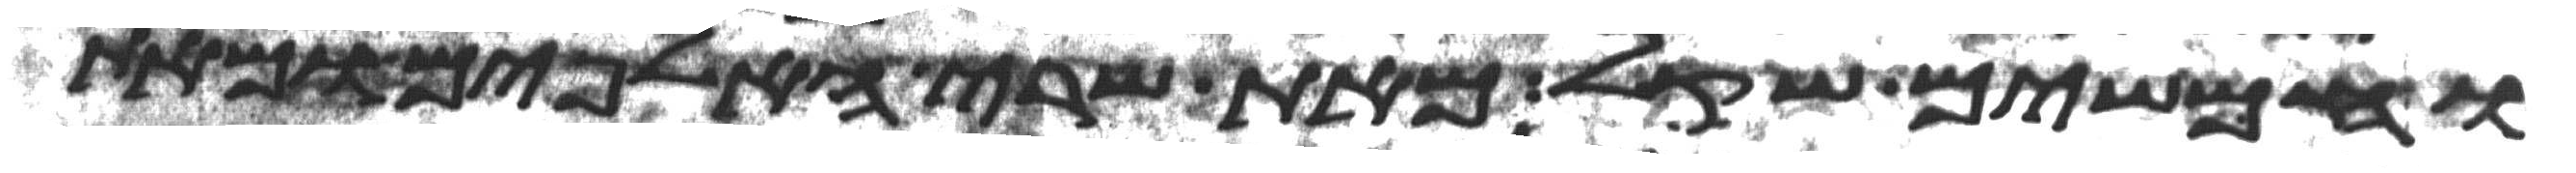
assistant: וחמשים שקל מאת שרי האלפים ומאת